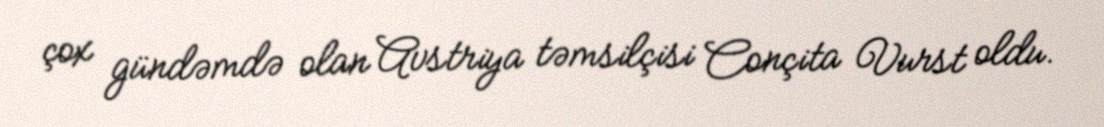
çox gündəmdə olan Avstriya təmsilçisi Conçita Vurst oldu.